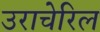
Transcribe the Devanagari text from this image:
उराचेरिल